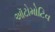
ઑટોમોટિવ